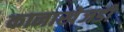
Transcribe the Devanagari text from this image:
कानाखेजडी